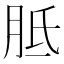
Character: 胝